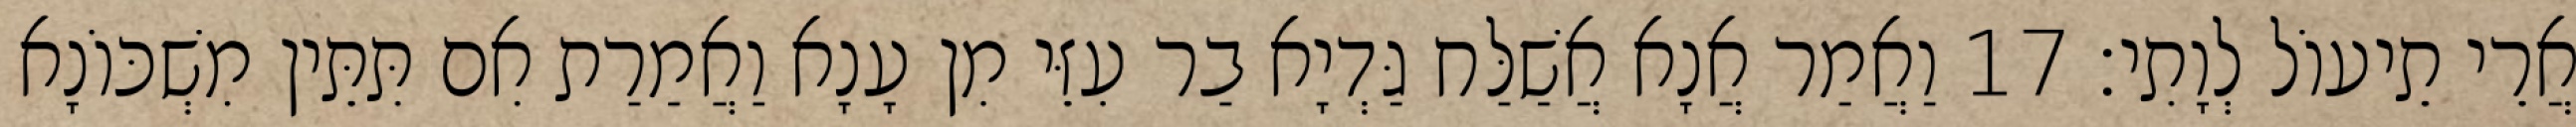
אֲרֵי תֵיעוֹל לְוָתִי׃ 17 וַאֲמַר אֲנָא אֲשַׁלַּח גַּדְיָא בַר עִזֵּי מִן עָנָא וַאֲמַרַת אִם תִּתֵּין מִשְׁכּוֹנָא